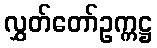
လွှတ်တော်ဥက္ကဋ္ဌ